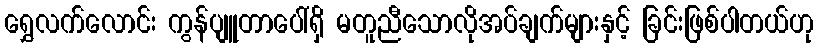
ရွှေလက်လောင်း ကွန်ပျူတာပေါ်ရှိ မတူညီသောလိုအပ်ချက်များနှင့် ခြင်းဖြစ်ပါတယ်ဟု